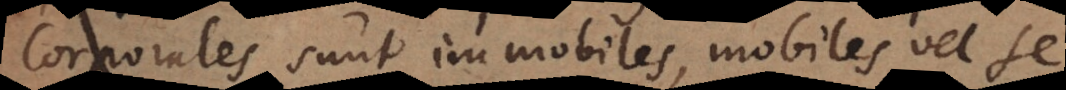
Corporales sunt immobiles, mobiles vel se